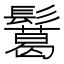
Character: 𩯝